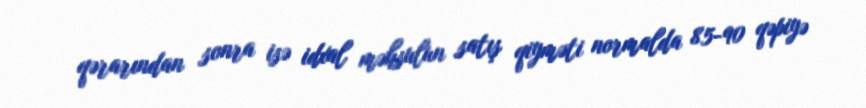
qərarından sonra isə idxal məhsulun satış qiyməti normalda 85-90 qəpiyə